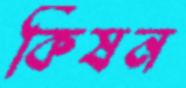
কিষন